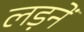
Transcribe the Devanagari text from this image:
लड़नें